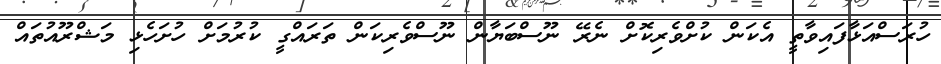
ހުރަސްއަޅާފައިވާތީ އެކަން ކުށްވެރިކޮށް ނެރޭ ނޫސްބަޔާން ނޫސްވެރިކަން ތަރައްގީ ކުރުމަށް ހުށަހެޅި މަޝްރޫއުތައް